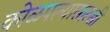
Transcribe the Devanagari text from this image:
कोळपल्यासारखी